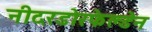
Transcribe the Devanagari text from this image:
नीदरडोरफेल्डेन